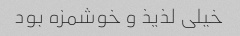
خیلی لذیذ و خوشمزه بود